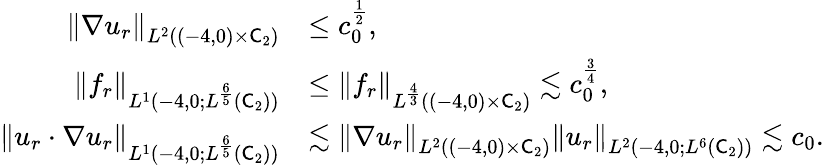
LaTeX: \begin{array}{rl}{\left\lVert\nabla u_{r}\right\rVert_{L^{2}((-4,0)\times\mathsf C_{2})}}&{\le c_{0}^{\frac 12},}\\ {\left\lVert f_{r}\right\rVert_{L^{1}(-4,0;L^{\frac 65}(\mathsf C_{2}))}}&{\le\left\lVert f_{r}\right\rVert_{L^{\frac 43}((-4,0)\times\mathsf C_{2})}\lesssim c_{0}^{\frac 34},}\\ {\left\lVert u_{r}\cdot\nabla u_{r}\right\rVert_{L^{1}(-4,0;L^{\frac 65}(\mathsf C_{2}))}}&{\lesssim\left\lVert\nabla u_{r}\right\rVert_{L^{2}((-4,0)\times\mathsf C_{2})}\left\lVert u_{r}\right\rVert_{L^{2}(-4,0;L^{6}(\mathsf C_{2}))}\lesssim c_{0}.}\end{array}